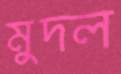
মুদল